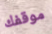
موقفك